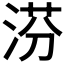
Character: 𣶼